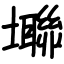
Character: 壣